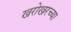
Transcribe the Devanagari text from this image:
खरोखरच्या